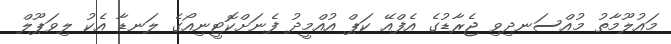
މައުލޫމާތު މުއްސަނދިވި ޖެރާޑުގެ އެފްއޭ ކަޕް އުއްމީދު ފެނަށްކޮޓީނިއޯގެ ލަނޑާ އެކު ލިވަޕޫލް